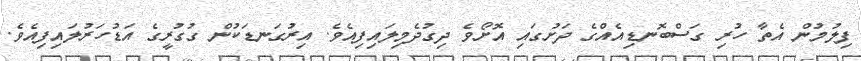
ފިލުމުން އެތާ ހުރި ގަސްބޮނޑިއެއްގެ ދަށުގައި އޮށޯވެ ދިގުދެމިލައިފިއެވެ. އިރުގަނޑަކުން ގުގުރީގެ އަޑުހަރުލައިފިއެވެ.